Scottish Leaving Certificate Examination, 1955
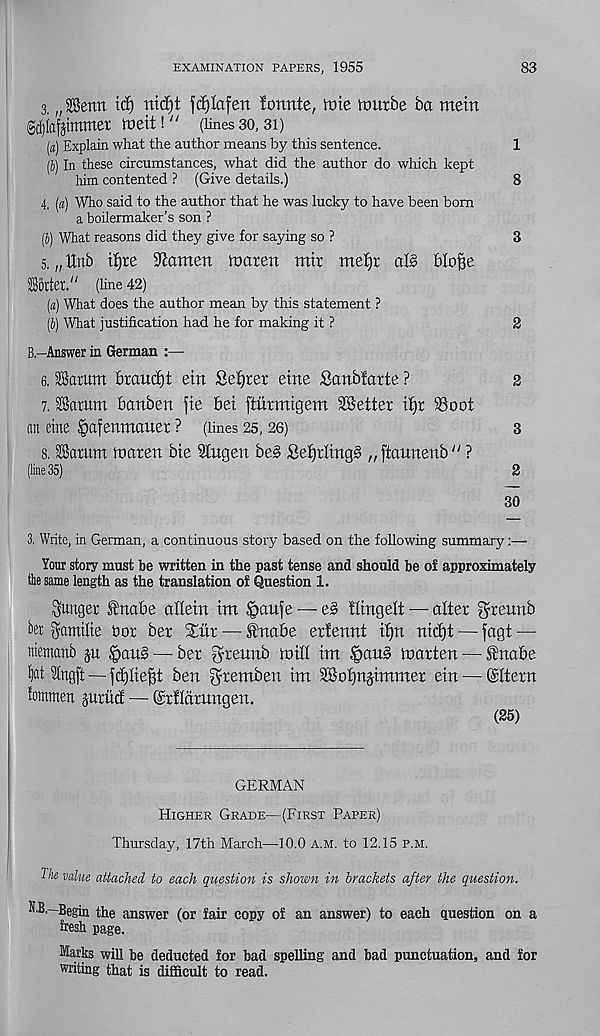
EXAMINATION PAPERS, 1955
83
3. „ 2®enn
nidjt frfjlafen fonnte, tote tourbe ba mein
@d)iafjtmwei: toeit!" (lines 30,31)
(«) Explain what the author means by this sentence.
1
[b] In these circumstances, what did the author do which kept
him contented ? (Give details.)
8
4. (a) Who said to the author that he was lucky to have been bom
a boilermaker’s son ?
(J) What reasons did they give for saying so ?
3
5. „ Unb tfjre Barnett toaten tnir meljr al§ blofie
Sorter." (line 42)
(a) What does the author mean by this statement ?
(b) What justification had he for making it ?
2
B—Answer in German :—
6. SBarum brand) t etn Secret eine Sanbfarte ?
2
7. Saturn banben fie bet fturmigem ^Better djr 93oot
an erne Ipafenmauer ? (lines 25, 26)
3
8. Saturn toaren bte Slugen bes Settlings „ ftannenb " ?
(line 35)
2
30
3. Write, in German, a continuous story based on the following summary:—
Your story must be written in the past tense and should be of approximately
tlie same length as the translation of Question 1.
hunger ftnabe adein im |>aufe — e§ Hingelt — alter greunb
bet $amilte Dor ber Slur — knabe erfennt tf)n nid)t — fagt —
ntemanb ju §au§ — ber ^reunb toid tm §au§ toarten — fnabe
f)flt Slngft —fdjlie^t ben ^remben tm 9Bot)njtmmer ein — ©Item
iommett prnct — ©rfldrnngen.
(25)
GERMAN
Higher Grade—(First Paper)
Thursday, 17th March—10.0 a.m. to 12.15 p.m.
The value attached to each question is shown in brackets after the question.
B.~Begin the answer (or fair copy of an answer) to each question on a
fresh page.
Marks will be deducted for bad spelling and bad punctuation, and for
writing that is difficult to read.